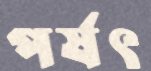
পর্ষৎ